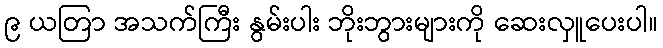
၉ ယတြာ အသက်ကြီး နွမ်းပါး ဘိုးဘွားများကို ဆေးလှူပေးပါ။